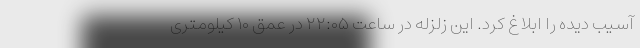
آسیب دیده را ابلاغ کرد. این زلزله در ساعت ۲۲:۰۵ در عمق ۱۰ کیلومتری